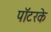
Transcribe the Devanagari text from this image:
पॉटरके